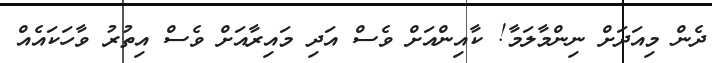
ދެން މިއަދަށް ނިންމާލަމާ! ކާއިންއަށް ވެސް އަދި މައިރާއަށް ވެސް އިތުރު ވާހަކައެއް